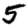
Digit: 5